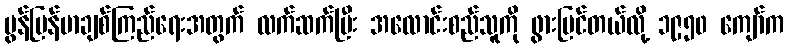
မွန်မြန်မာချစ်ကြည်ရေးအတွက် လက်ဆက်ပြီး အလောင်းစည်သူကို ဖွားမြင်တယ်လို့ ၁၉၅၀ ကျော်က